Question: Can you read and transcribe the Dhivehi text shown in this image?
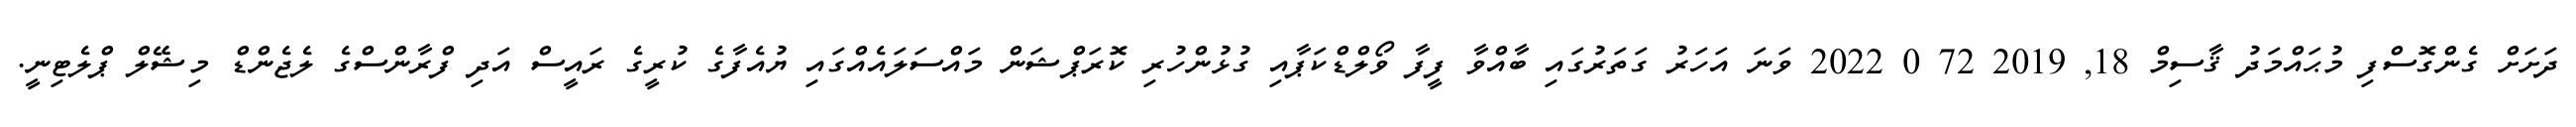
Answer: ދަށަށް ގެންގޮސްފި މުޙައްމަދު ޤާސިމް 18, 2019 72 0 2022 ވަނަ އަހަރު ގަތަރުގައި ބާއްވާ ފީފާ ވޯލްޑްކަޕާއި ގުޅުންހުރި ކޮރަޕްޝަން މައްސަލައެއްގައި ޔުއެފާގެ ކުރީގެ ރައީސް އަދި ފްރާންސްގެ ލެޖެންޑް މިޝޭލް ޕްލެޓިނީ.